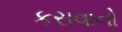
કરાવાનો